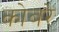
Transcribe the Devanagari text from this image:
कोबरे